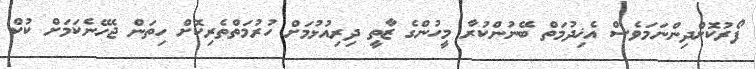
ފޯރުކޮށްދިންނަމަވެސް އެޚިދުމަތް ބޭނުންކުރާ މީހުންގެ ޒާތީ ދިރިއުޅުމަށް ހުރުމަތްތެރިކޮށް ހިތަން ޖެހޭނެކަމަށް ކުކް